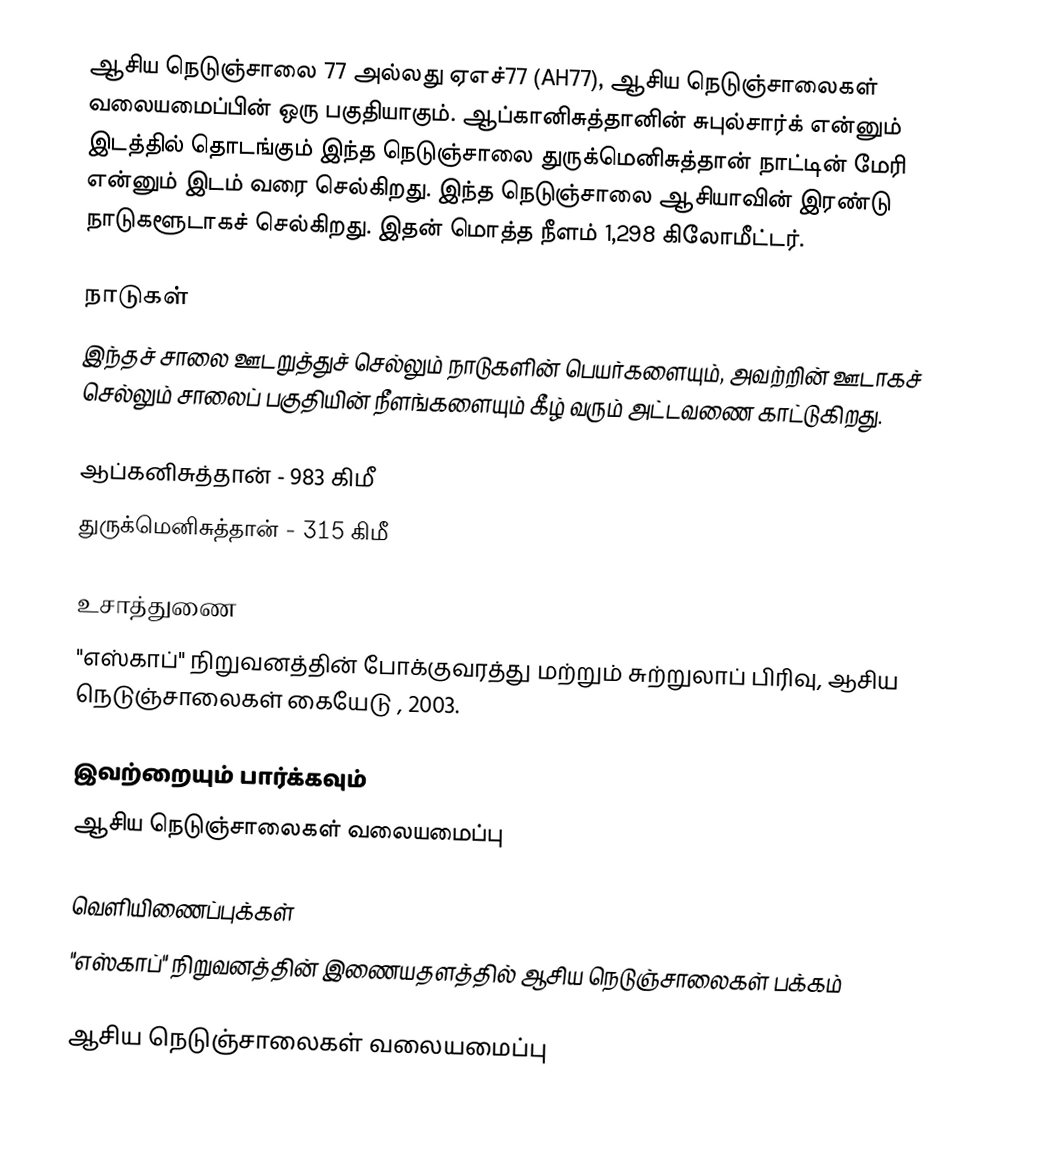
ஆசிய நெடுஞ்சாலை 77 அல்லது ஏஎச்77 (AH77), ஆசிய நெடுஞ்சாலைகள் வலையமைப்பின் ஒரு பகுதியாகும். ஆப்கானிசுத்தானின் சுபுல்சார்க் என்னும் இடத்தில் தொடங்கும் இந்த நெடுஞ்சாலை துருக்மெனிசுத்தான் நாட்டின் மேரி என்னும் இடம் வரை செல்கிறது. இந்த நெடுஞ்சாலை ஆசியாவின் இரண்டு நாடுகளூடாகச் செல்கிறது. இதன் மொத்த நீளம் 1,298 கிலோமீட்டர்.

நாடுகள்
இந்தச் சாலை ஊடறுத்துச் செல்லும் நாடுகளின் பெயர்களையும், அவற்றின் ஊடாகச் செல்லும் சாலைப் பகுதியின் நீளங்களையும் கீழ் வரும் அட்டவணை காட்டுகிறது.

 ஆப்கனிசுத்தான் - 983 கிமீ
 துருக்மெனிசுத்தான் - 315 கிமீ

உசாத்துணை
 "எஸ்காப்" நிறுவனத்தின் போக்குவரத்து மற்றும் சுற்றுலாப் பிரிவு, ஆசிய நெடுஞ்சாலைகள் கையேடு , 2003.

இவற்றையும் பார்க்கவும்
 ஆசிய நெடுஞ்சாலைகள் வலையமைப்பு

வெளியிணைப்புக்கள்
 "எஸ்காப்" நிறுவனத்தின் இணையதளத்தில் ஆசிய நெடுஞ்சாலைகள் பக்கம்

 ஆசிய நெடுஞ்சாலைகள் வலையமைப்பு